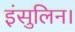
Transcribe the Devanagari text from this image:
इंसुलिन।